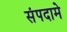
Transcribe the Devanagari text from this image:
संपदामे